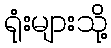
ရုံးများသို့